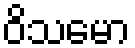
ဝိသမော